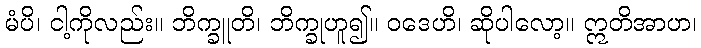
မံပိ၊ ငါ့ကိုလည်း။ ဘိက္ခူတိ၊ ဘိက္ခုဟူ၍။ ဝဒေဟိ၊ ဆိုပါလော့။ ဣတိအာဟ၊